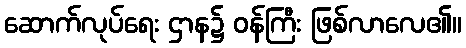
ဆောက်လုပ်ရေး ဌာန၌ ဝန်ကြီး ဖြစ်လာလေ၏။